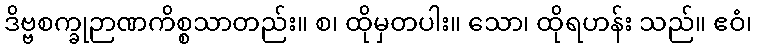
ဒိဗ္ဗစက္ခုဉာဏကိစ္စသာတည်း။ စ၊ ထိုမှတပါး။ သော၊ ထိုရဟန်း သည်။ ဧဝံ၊